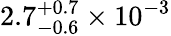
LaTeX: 2.7_{-0.6}^{+0.7}\times 10^{-3}